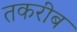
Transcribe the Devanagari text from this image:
तकरीब